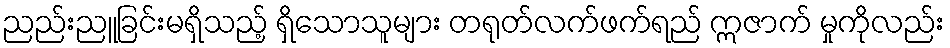
ညည်းညူခြင်းမရှိသည့် ရှိသောသူများ တရုတ်လက်ဖက်ရည် ဣဇာက် မှုကိုလည်း